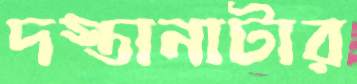
দস্তানাটার